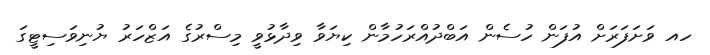
ހއ ވަށަފަރަށް އުފަން ހުސެން އަބްދުއްރަހުމާން ކިޔަވާ ވިދާޅުވީ މިސްރުގެ އަޒްހަރު ޔުނިވަސިޓީގަ